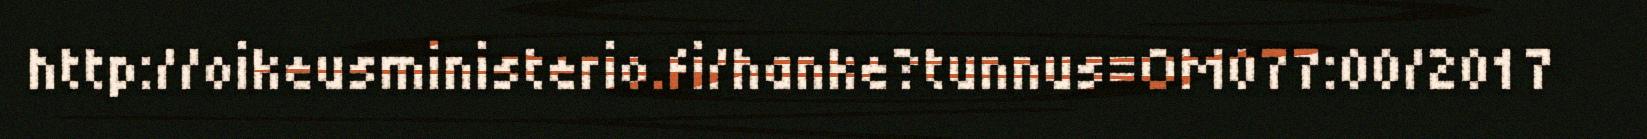
http://oikeusministerio.fi/hanke?tunnus=OM077:00/2017